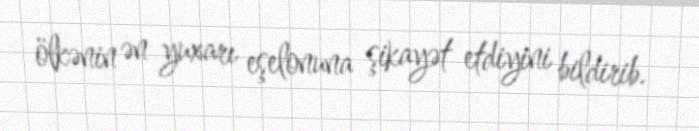
ölkənin ən yuxarı eşelonuna şikayət etdiyini bildirib.